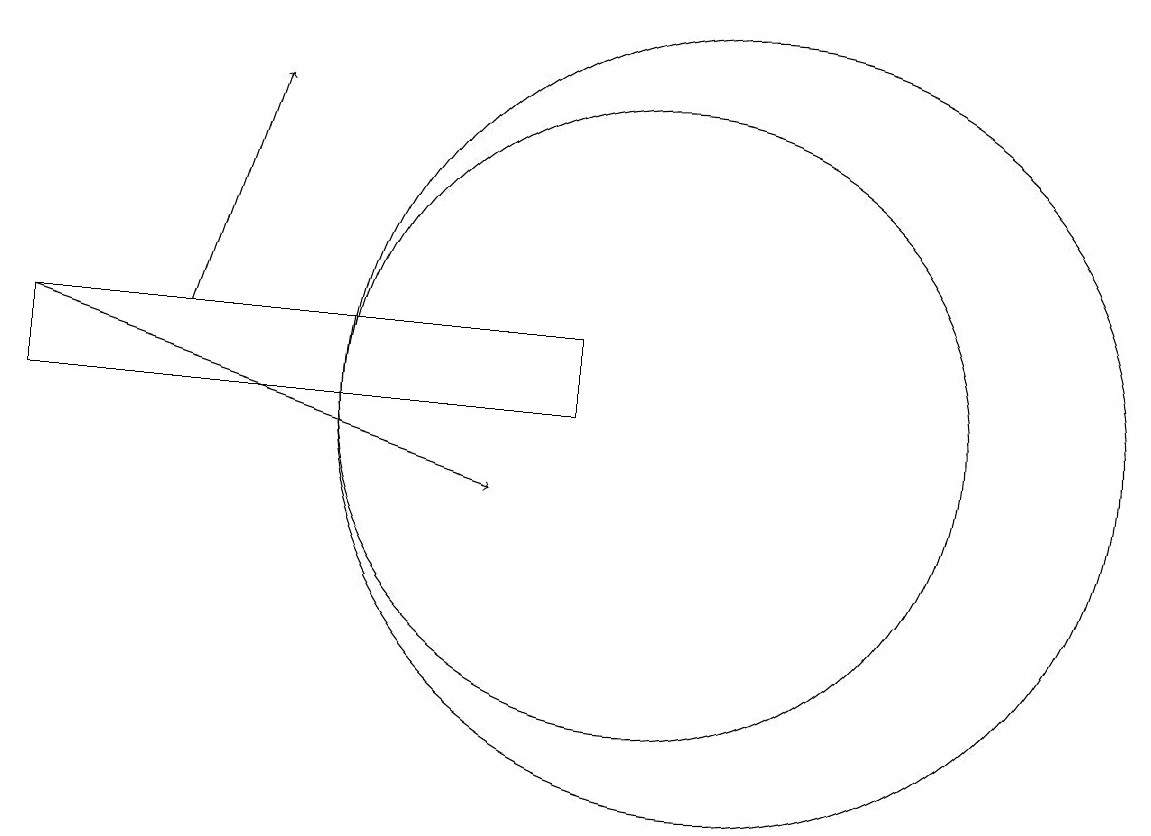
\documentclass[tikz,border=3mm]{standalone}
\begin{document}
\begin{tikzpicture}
\draw (11,12) circle (5);
\draw[->] (2,13) -- (8,11);
\draw[->] (4,13) -- (5,16);
\draw (2,12) rectangle (9,13);
\draw (10,12) circle (4);
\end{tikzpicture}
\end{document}